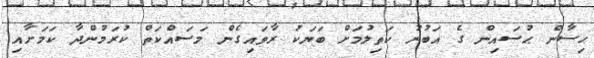
ޙިސާން ޙުސައިން ގެ އަބުރު ކަތިލުމަށް ބަޔަކު ރާވައިގެން މަސައްކަތް ކުރަމުންދާ ކަމަށާއި